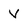
Character: V